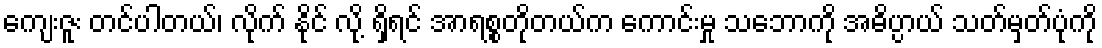
ကျေးဇူး တင်ပါတယ်၊ လိုက် နိုင် လို့ ရှိရင် အာရစ္စတိုတယ်က ကောင်းမှု သဘောကို အဓိပ္ပာယ် သတ်မှတ်ပုံကို